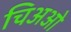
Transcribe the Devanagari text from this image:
चिअओ